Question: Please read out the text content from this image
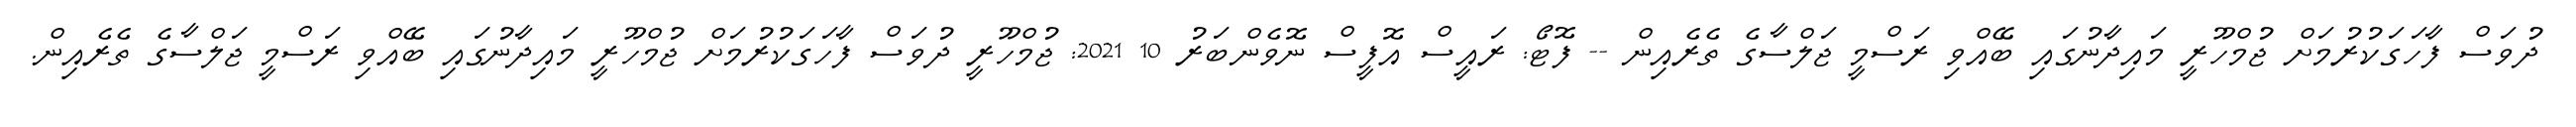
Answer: ދުވަސް ފާހަގަކުރުމަށް ޖުމްހޫރީ މައިދާނުގައި ބޭއްވި ރަސްމީ ޖަލްސާގެ ތެރެއިން -- ފޮޓޯ: ރައީސް އޮފީސް ނޮވެންބަރު 10 2021: ޖުމްހޫރީ ދުވަސް ފާހަގަކުރުމަށް ޖުމްހޫރީ މައިދާނުގައި ބޭއްވި ރަސްމީ ޖަލްސާގެ ތެރެއިން.